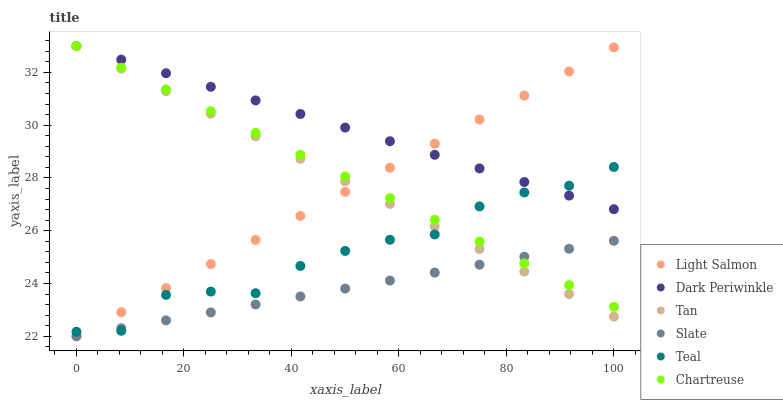
| xaxis_label | Light Salmon | Dark Periwinkle | Tan | Slate | Teal | Chartreuse |
 | --- | --- | --- | --- | --- | --- | --- |
 | 0 | 22 | 33 | 33 | 22 | 22.2 | 33 |
 | 8.33 | 22.9 | 32.5 | 32.1 | 22.3 | 22.2 | 32.2 |
 | 16.7 | 23.8 | 32 | 31.3 | 22.6 | 23.6 | 31.4 |
 | 25 | 24.7 | 31.5 | 30.4 | 22.9 | 23.7 | 30.5 |
 | 33.3 | 25.6 | 30.9 | 29.6 | 23.2 | 23.6 | 29.7 |
 | 41.7 | 26.6 | 30.4 | 28.7 | 23.5 | 24.7 | 28.9 |
 | 50 | 27.5 | 29.9 | 27.9 | 23.8 | 25.2 | 28.1 |
 | 58.3 | 28.4 | 29.4 | 27 | 24.1 | 25.7 | 27.2 |
 | 66.7 | 29.3 | 28.9 | 26.2 | 24.4 | 25.9 | 26.4 |
 | 75 | 30.2 | 28.4 | 25.3 | 24.7 | 26.9 | 25.6 |
 | 83.3 | 31.1 | 27.8 | 24.5 | 25 | 27.4 | 24.8 |
 | 91.7 | 32 | 27.3 | 23.6 | 25.3 | 27.7 | 23.9 |
 | 100 | 32.9 | 26.8 | 22.7 | 25.6 | 28.4 | 23.1 |